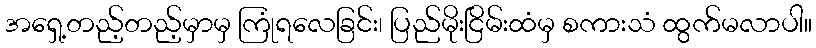
အရှေ့တည့်တည့်မှာမှ ကြုံရလေခြင်း၊ ပြည်မိုးငြိမ်းထံမှ စကားသံ ထွက်မလာပါ။